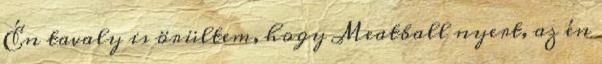
Én tavaly is örültem, hogy Meatball nyert, az én